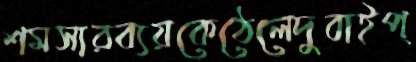
শমসারব্যয়কেঠেলেদুবাইপ্